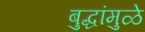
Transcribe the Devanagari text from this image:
बुद्धांमुळे